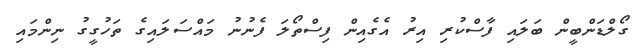
ގޯލްޑަންބީން ބަލައި ފާސްކުރި އިރު އެގެއިން ފިސްތޯލަ ފެނުނު މައްސަލައިގެ ތަހުގީގު ނިންމައި